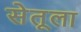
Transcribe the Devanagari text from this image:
सेतूला